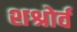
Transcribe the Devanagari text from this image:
शश्रोर्व